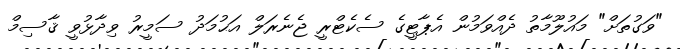
"ވަގުތަށް" މައުލޫމާތު ދެއްވަމުން އެޕާޓީގެ ސެކެޓްރީ ޖެނެރަލް އަޙުމަދު ސަމީރު ވިދާޅުވީ ޤާސިމް